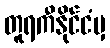
တူရကီနိုင်ငံမှ